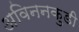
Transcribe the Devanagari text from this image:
अविननकुडी